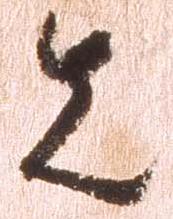
先